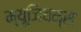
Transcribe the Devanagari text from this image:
म्यूजियम्स